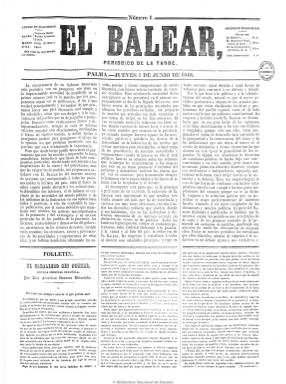
Título: El Balear (Palma de Mallorca)
Colección: Periódicos
Ámbito geográfico: Baleares
Lugar de publicación: Palma
Fechas: 01/06/1848-29/11/1856

Periódico vespertino que sale todos los días, excepto sábados, de carácter noticioso y tendencia liberal moderada, editado por el impresor Pedro José Umbert. Incluye noticias locales, nacionales y extranjeras, en buena parte recogidas de otros periódicos, así como noticias oficiales de carácter administrativo y jurídico. En el faldón de la primera página publica un folletín. También introduce los anuncios publicitarios, textos en verso e informaciones sobre la actualidad teatral, religiosa y el mercado de abastos de la ciudad.

Posteriormente fue estampado en la Imprenta Balear, a cargo de Francisco de P. Torres, y en la de Bartolomé de Retger.

A partir del 29 de noviembre de 1856 se fundió con Diario de Palma (1852) para iniciar un nuevo título: El mallorquín.